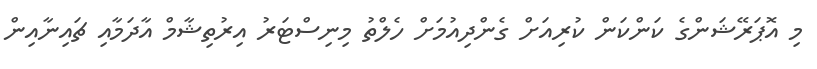
މި އޮޕަރޭޝަންގެ ކަންކަން ކުރިއަށް ގެންދިއުމަށް ހެލްތު މިނިސްޓަރު އިރުތިޝާމް އާދަމާއި ޗައިނާއިން